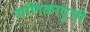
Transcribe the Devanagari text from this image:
गणिकापुत्री